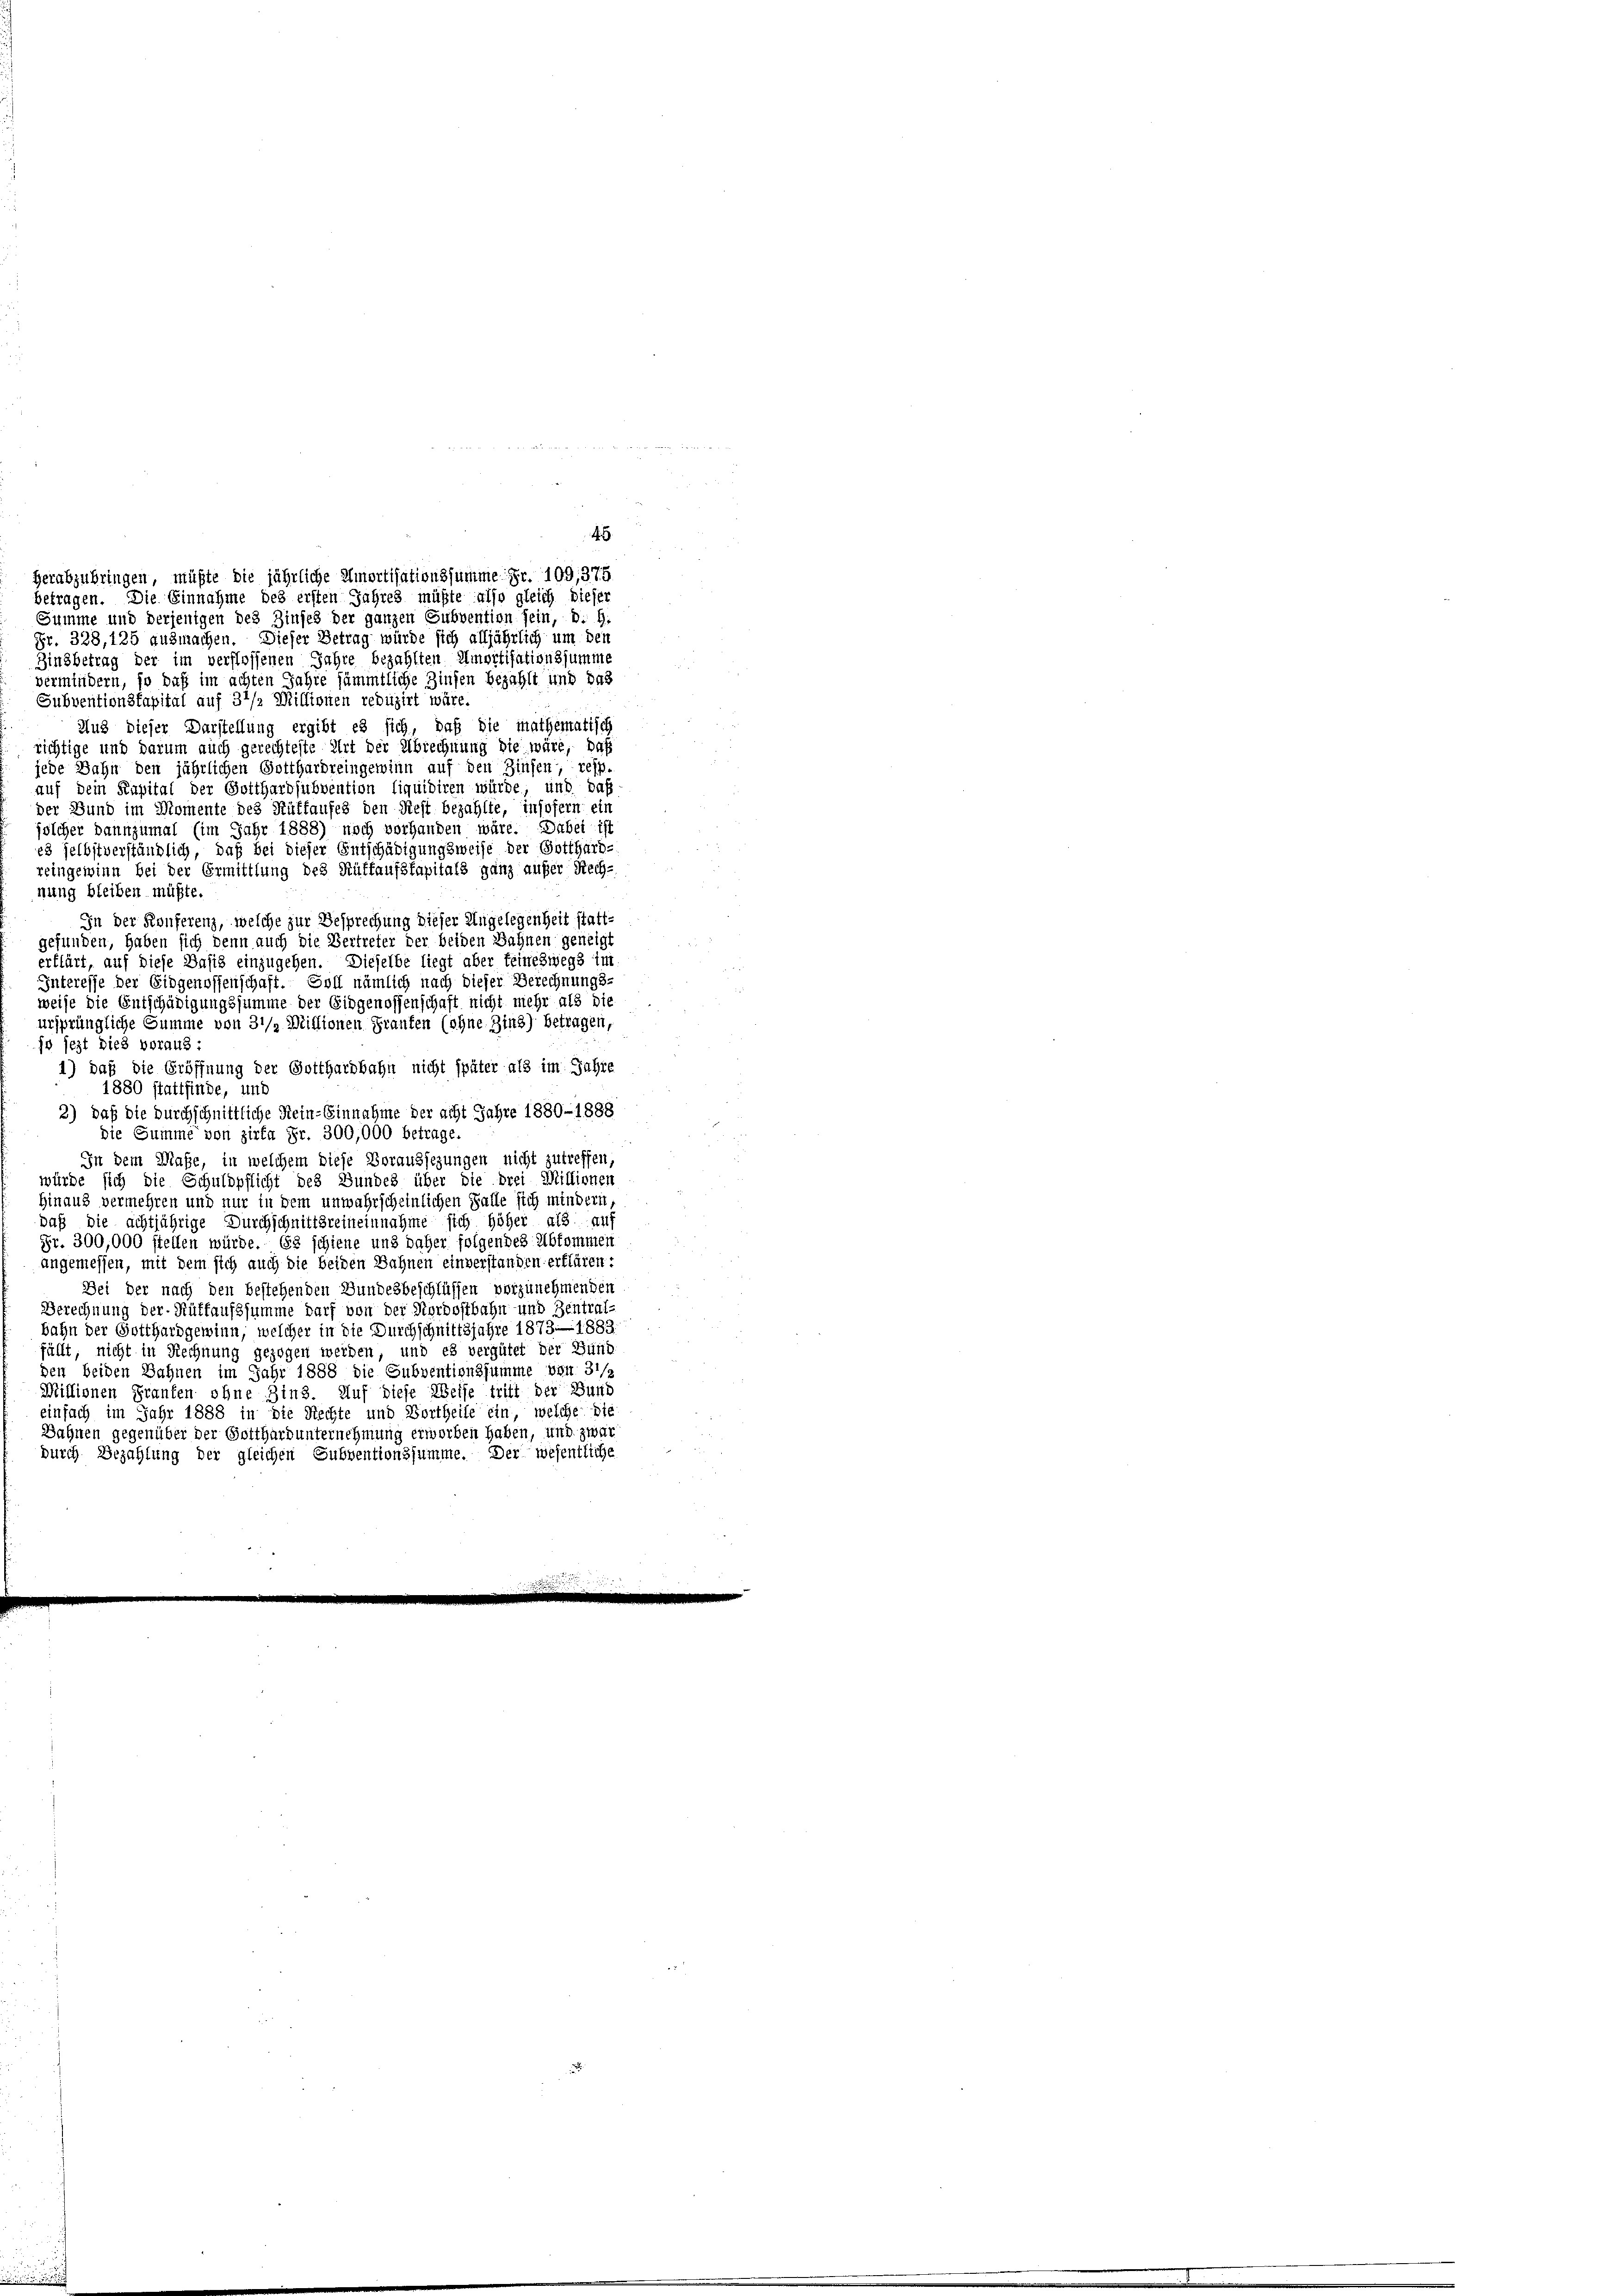
4
Summe und derjenigen des Zinses der ganzen Subvention sein, d. h.
Fr. 328, 125 ausmachen. Dieser Betrag würde sich alljährlich um den
Zinsbetrag der im verflossenen Jahre bezahlten Amortisationssumme
vermindern, so daß im achten Jahre sämmtliche Zinsen bezahlt und das
Subventionskapital auf 31/2 Millionen reduzirt wäre.
Aus dieser Darstellung ergibt es sich, daß die mathematisch
richtige und darum auch gerechteste Art der Abrechnung die wäre, daß
jede Jahn den jährlichen Gotthardreingewinn auf den Zinsen, resp.
auf Dein Kapital der Gotthardsubvention liquidiren würde, und daß
der Bund im Momente des Ruffaufes den Siest bezahlte, insofern ein
jolcher bannzumal (im Jahr 1888) noch vorhanden wäre. Dabei ist
e3 selbstverständlich, daß bei dieser Entschädigungsweise der Gotthard-
reingewinn bei der Ermittlung des Rüffaufskapitals ganz außer Rech-
nung bleiben müßte.
In der Konferenz, welche zur Besprechung dieser Angelegenheit stattgefunden, haben sich denn auch die Vertreter der beiden Bahnen geneigt
erklärt, auf diese Basis einzugehen. Dieselbe liegt aber teineswegs in
Interesse der Eidgenossenschaft. Soll nämlich nach dieser Berechnungs-
weise die Entschädigungssumme der Eidgenossenschaft nicht mehr als die
ursprüngliche Summe von 3 1/2 Millionen Franten (ohne Zins) betragen,
ja jezt dies voraus d
1) daß die Eröffnung der Gotthardbahn nicht später als im Jahre
1880 stattfinde, und
2) Daß die Durchschnittliche Rein-Einnahme der acht Jahre 1880-1888
die Summe von zirka Fr. 300,000 betrage.
In dem Maße, in welchem diese Voraussezungen nicht zutreffen,
würde sich die Schuldpflicht des Bundes über die drei Millionen
hinaus vermehren und nur in dem unwahrscheinlichen Falle sich mindern,
daß die achtjährige Durchschnittsreineinnahme sich höher als auf
Fr. 300,000 stellen würde. Es schiene und daher folgendes Abkommen
angemessen, mit dem sich auch die beiden Bahnen einverstanden erflären:
Bei der nach den bestehenden Bundesbeschlüssen vorzunehmenden
Berechnung der Rütfaufssumme darf von der Nordostbahn und Zentral-
bahn der Gotthardgewinn, welcher in die Durchschnittsjahre 1873. 1883.
fällt, nicht in Rechnung gezogen werden, und es vergütet der Bund
den beiden Bahnen im Jahr 1888 die Subventionssumme von 31/
Millionen Franken ohne Zins. Auf diese Weise tritt der Bund
einfach im Jahr 1888 in die Rechte und Vortheile ein, welche die
Bahnen gegenüber der Gotthard unternehmung erworben haben, und zwar
durch Bezahlung der gleichen Subventionssumme. Der wesentliche

herabzubringen, müßte die jährliche Amortisationssumme Fr. 109,375
betragen. Die Einnahme des ersten Jahres müßte also gleich dieser